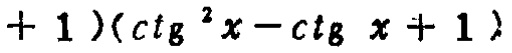
$( + 1)(\cot^{2}x - \cot x + 1)$